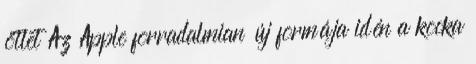
ötlet Az Apple forradalmian új formája idén a kocka